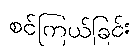
စင်ကြယ်ခြင်း